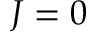
J = 0